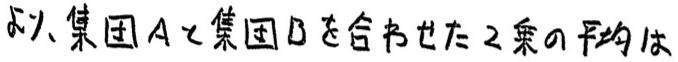
ふた集団Aと集団Bを合わせた2乗の平均は